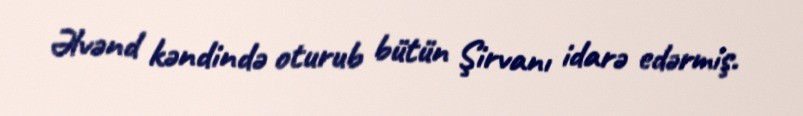
Əlvənd kəndində oturub bütün Şirvanı idarə edərmiş.